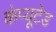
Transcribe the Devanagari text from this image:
कंप्यूटेड